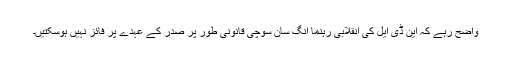
واضح رہے کہ این ڈی ایل کی انقلابی رہنما آنگ سان سوچی قانونی طور پر صدر کے عہدے پر فائز نہیں ہوسکتیں۔